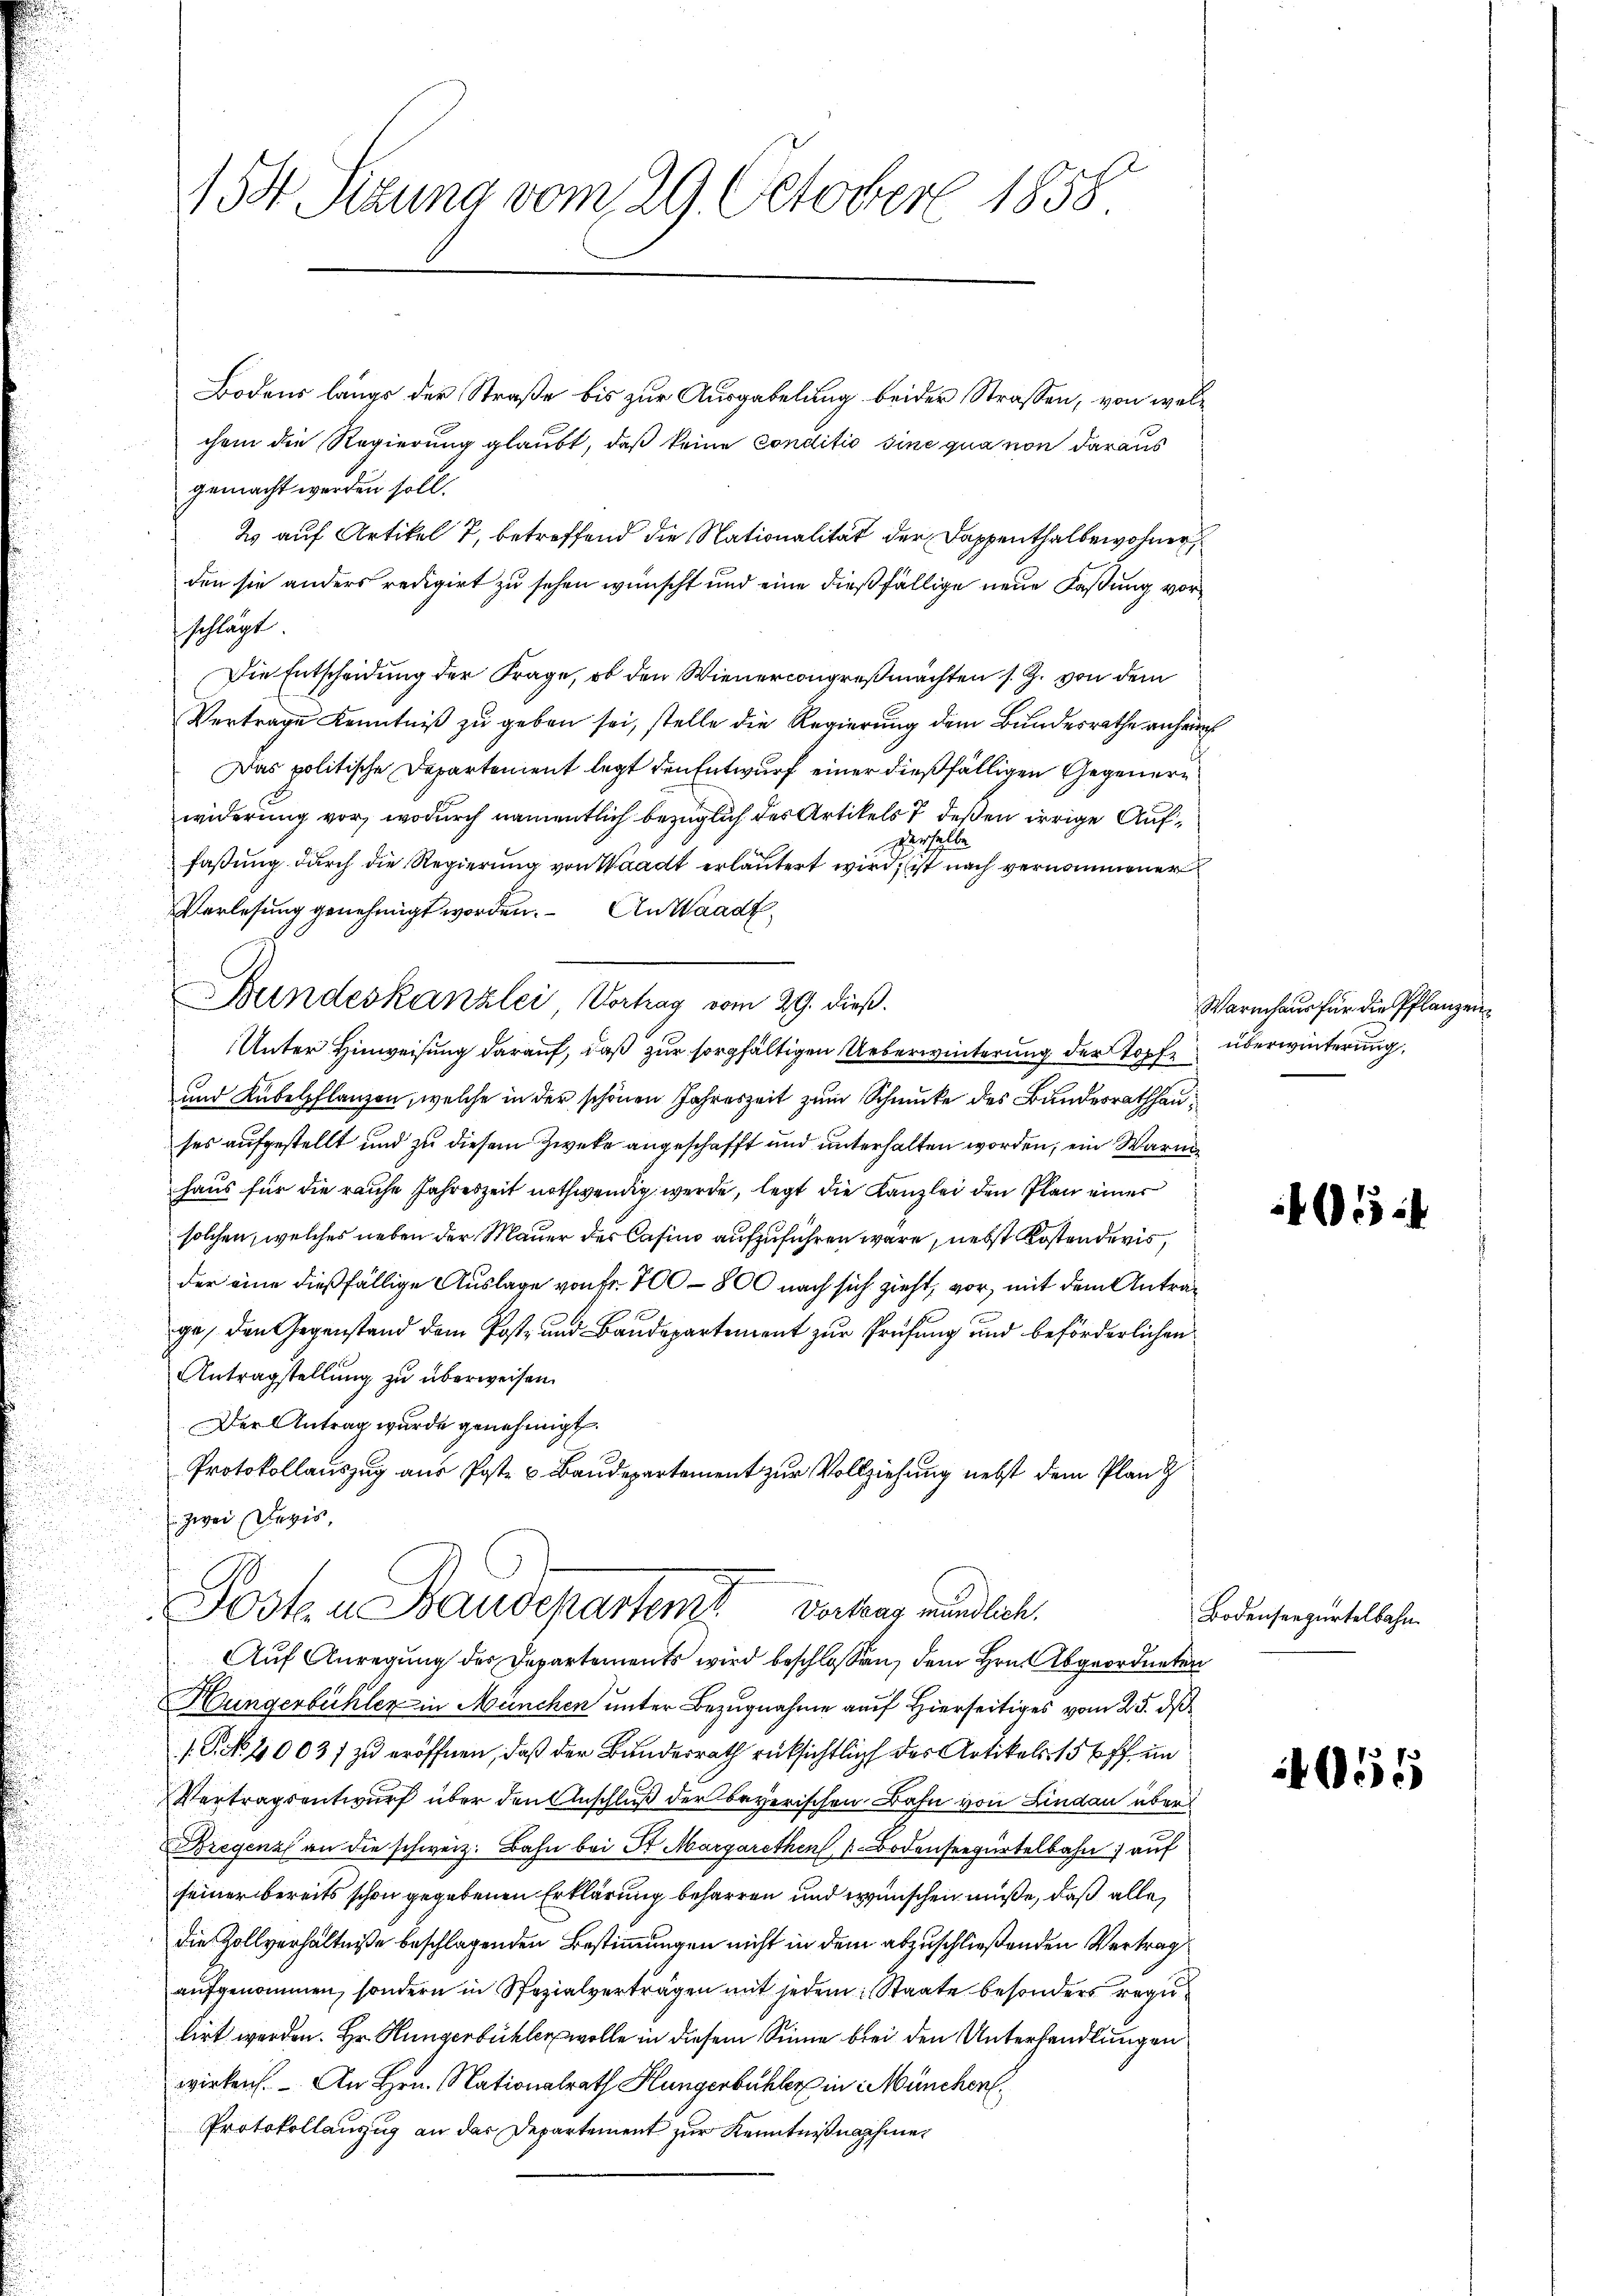
St Sizung vom 29. October 1858.

Bodens längs der Straße bis zur Ausgabelung beider Strassen, von welchem die Regierung glaubt, daß keine conditio sine qua non daraus
gemacht werden soll.
2 auf Artikel 7, betreffend die Nationalität der Dappenthalbewohner
den sie anders redigirt zu sehen wünscht und eine dießfällige neue Faßung vorschlägt.
Die Entscheidung der Frage, ob den Wienercongreßmachten s. Z. von dem
Vertrage Kenntniß zu geben sei, stelle die Regierung dem Bundesrathe anhei
Das politische Departement legt den Entwurf einer dießfälligen Gegenerwiderung vor, wodurch namentlich bezüglich des Artikels & deßen irrige Aufderselbe
faßung durch die Regierung von Waadt erläutert wird, ist nach vernommener
Verlesung genehmigt worden. An Waadt
Unter Hinweisung darauf, daß zur sorgfältigen Ueberwinterung der Topfe überwinterung
und Kübelpflanzen, welche in der schönen Jahreszeit zum Schmucke des Bundesrathhauses aufgestellt und zu diesem Zwecke angeschafft und unterhalten worden, ein Warn
haus für die rauhe Jahreszeit nothwendig werde, legt die Kanzlei den Plan einer
solchen, welches neben der Mauer der Casino aufzuführen wäre, nebst Kostendevis
der eine dießfällige Auslage von fr. 700 - 800 nach sich zieht, vor, mit dem Antrage, den Gegenstand dem Post- und Baudepartement zur Prüfung und beförderlichen
Antragstellung zu überweisen.
Der Antrag wurde genehmigt.
Protokollauszug aus Poste u Baudepartement zur Vollziehung nebst dem Plan z
zwei Devis
Posten Baudepartenst vertrag rundlich.
Auf Anregung der Departements wird beschlossen, dem Hrn. Abgeordneten
Hungerbüchler in München unter Bezugnahme auf Hierseitiges vom 25. dß
1. P. No 4003) zu eröffnen, daß der Bundesrath rücksichtlich des Artikels 156 ff. in
Vertragsentwurf über den Anschluß der Beyerischen Bahn von Lindau über
Bregenzl an die schweiz. Bahn bei Sr Margarethen Bodenseegürtelbahn auf
feiner bereits schon gegebenen Erklärung beharren und wünschen müße, daß alle
die Zollverhältniße beschlagenden Bestimmungen nicht in dem abzuschließenden Vertrag
aufgenommen, sondern in Spezialverträgen mit jedem Staate besonders regu
tirt werden. Hr. Hungerbühler wolle in diesem Sinne bei den Unterhandlungen
wirken. An Hrn. Nationalrath Hungerbüchler in München
Protokollanzug an das Departement zur Kenntnißnahme

Bundeskanzlei Vortrag vom 29. dieß.

Warmhaus für die Pflanzen¬

1054

Bodenseegürtelbahn.

055